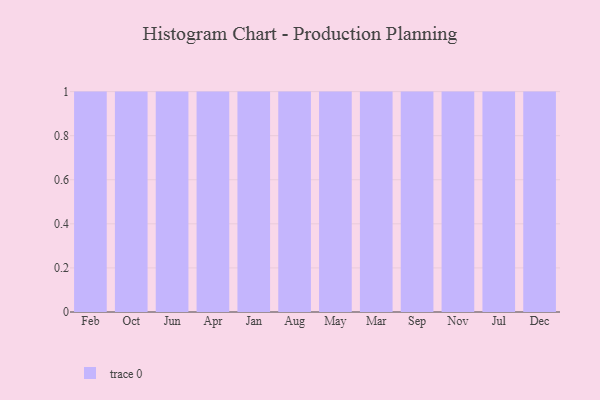
{"axis": {"x": "Month", "y": "Net Income (USD K)"}, "legend": [""], "data": [{"x": "Feb", "y": 71, "type": ""}, {"x": "Oct", "y": 50, "type": ""}, {"x": "Jun", "y": 31, "type": ""}, {"x": "Apr", "y": 91, "type": ""}, {"x": "Jan", "y": 81, "type": ""}, {"x": "Aug", "y": 57, "type": ""}, {"x": "May", "y": 52, "type": ""}, {"x": "Mar", "y": 58, "type": ""}, {"x": "Sep", "y": 12, "type": ""}, {"x": "Nov", "y": 51, "type": ""}, {"x": "Jul", "y": 65, "type": ""}, {"x": "Dec", "y": 48, "type": ""}]}